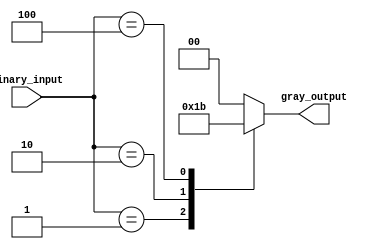
module gray_encoder(
    input [3:0] binary_input,
    output reg [1:0] gray_output
);

always @(*) begin
    case(binary_input)
        4'b0001: gray_output = 2'b01;
        4'b0010: gray_output = 2'b10;
        4'b0100: gray_output = 2'b11;
        4'b1000: gray_output = 2'b00;
        default: gray_output = 2'b00; // default output if no bits set
    endcase
end

endmodule